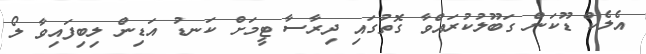
އެލެކް ޑޫކަން ގަބޫލުކުރައްވާ ގޮތުގައި ދިރާސާ ޓީމަށް ކަނޑު އަޑިިން ލިބިފައިވާ ލޯ